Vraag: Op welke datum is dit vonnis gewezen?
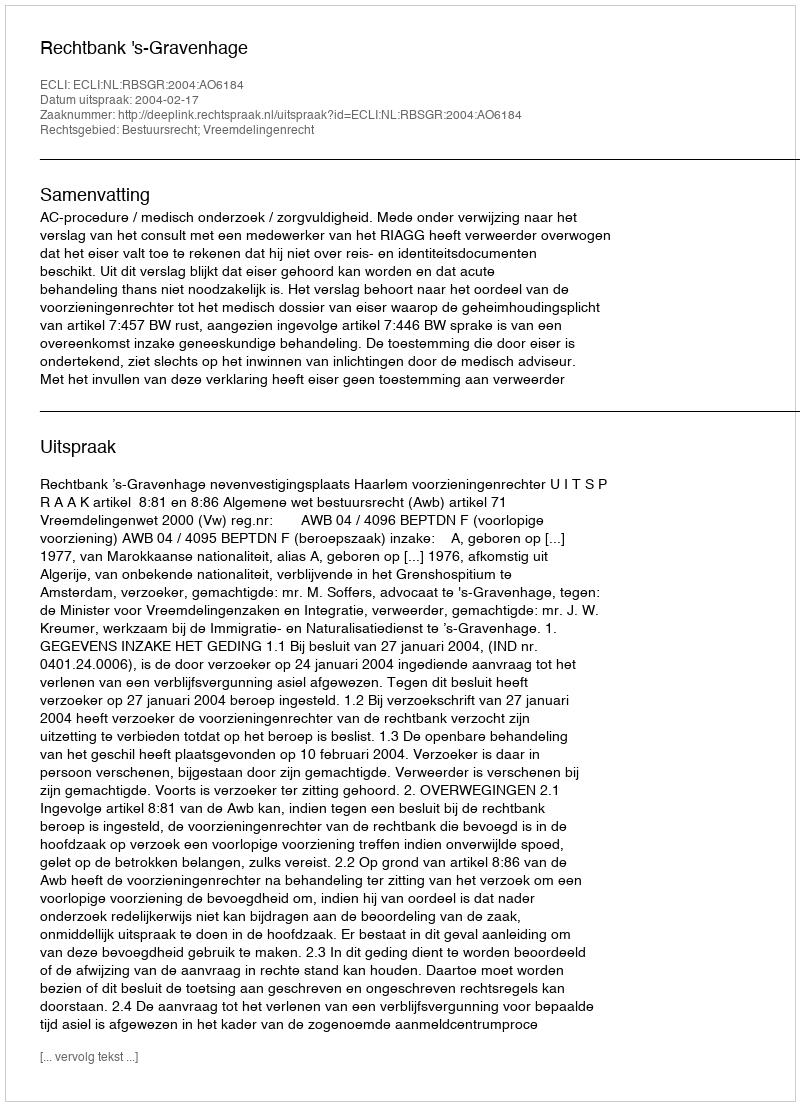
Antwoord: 2004-02-17